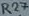
Text: R27